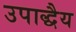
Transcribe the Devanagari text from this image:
उपाद्धैय